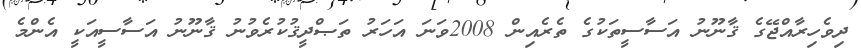
ދިވެހިރާއްޖޭގެ ޤާނޫނު އަސާސީތަކުގެ ތެރެއިން 2008ވަނަ އަހަރު ތަޞްދީޤުކުރެވުނު ޤާނޫނު އަސާސީއަކީ އެންމެ